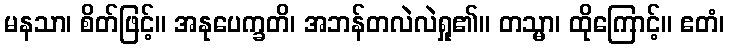
မနသာ၊ စိတ်ဖြင့်။ အနုပေက္ခတိ၊ အဘန်တလဲလဲရှု၏။ တသ္မာ၊ ထိုကြောင့်။ ဧတံ၊